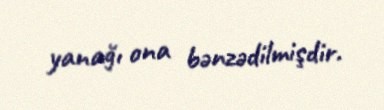
yanağı ona bənzədilmişdir.